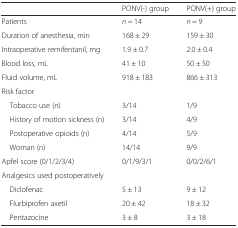
<table><thead><tr><td></td><td><b>PONV(-) group</b></td><td><b>PONV(+) group</b></td></tr></thead><tbody><tr><td>Patients</td><td><i>n</i> = 14</td><td><i>n</i> = 9</td></tr><tr><td>Duration of anesthesia, min</td><td>168 ± 29</td><td>159 ± 30</td></tr><tr><td>Intraoperative remifentanil, mg</td><td>1.9 ± 0.7</td><td>2.0 ± 0.4</td></tr><tr><td>Blood loss, mL</td><td>41 ± 10</td><td>50 ± 50</td></tr><tr><td>Fluid volume, mL</td><td>918 ± 183</td><td>866 ± 313</td></tr><tr><td>Risk factor</td><td></td><td></td></tr><tr><td> Tobacco use (n)</td><td>3/14</td><td>1/9</td></tr><tr><td> History of motion sickness (n)</td><td>3/14</td><td>4/9</td></tr><tr><td> Postoperative opioids (n)</td><td>4/14</td><td>5/9</td></tr><tr><td> Woman (n)</td><td>14/14</td><td>9/9</td></tr><tr><td>Apfel score (0/1/2/3/4)</td><td>0/1/9/3/1</td><td>0/0/2/6/1</td></tr><tr><td>Analgesics used postoperatively</td><td></td><td></td></tr><tr><td> Diclofenac</td><td>5 ± 13</td><td>9 ± 12</td></tr><tr><td> Flurbiprofen axetil</td><td>20 ± 42</td><td>18 ± 32</td></tr><tr><td> Pentazocine</td><td>3 ± 8</td><td>3 ± 18</td></tr></tbody></table>